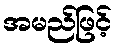
အမည်ဖြင့်